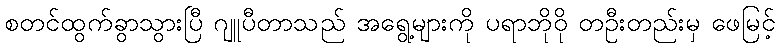
စတင်ထွက်ခွာသွားပြီ ဂျူပီတာသည် အရွေ့များကို ပရာဘိုဝို တဦးတည်းမှ ဖေမြင့်